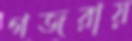
গজরায়